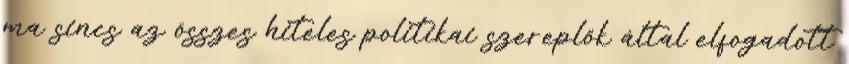
ma sincs az összes hiteles politikai szereplõk által elfogadott